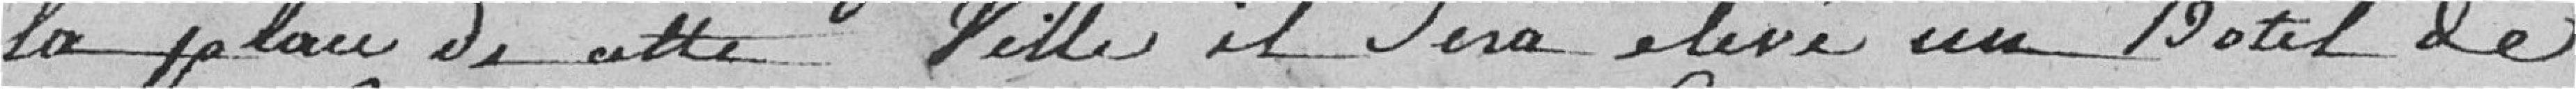
la place de cette Ville, il sera élevé un hôtel de